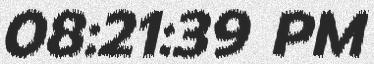
08:21:39 PM